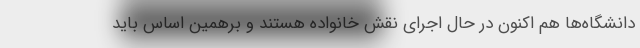
دانشگاه‌ها هم اکنون در حال اجرای نقش خانواده هستند و برهمین اساس باید